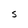
Character: C